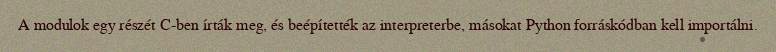
A modulok egy részét C-ben írták meg, és beépítették az interpreterbe, másokat Python forráskódban kell importálni.